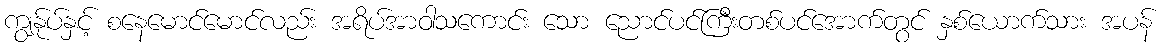
ကျွန်ုပ်နှင့် စနေမောင်မောင်လည်း အရိပ်အာဝါသကောင်း သော ညောင်ပင်ကြီးတစ်ပင်အောက်တွင် နှစ်ယောက်သား အပန်